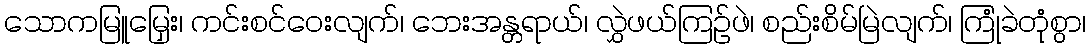
သောကမြူမြှေး၊ ကင်းစင်ဝေးလျက်၊ ဘေးအန္တရာယ်၊ လွှဲဖယ်ကြဉ်ဖဲ၊ စည်းစိမ်မြဲလျက်၊ ကြုံခဲတုံစွာ၊